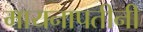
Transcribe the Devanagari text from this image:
मायनापतीनी